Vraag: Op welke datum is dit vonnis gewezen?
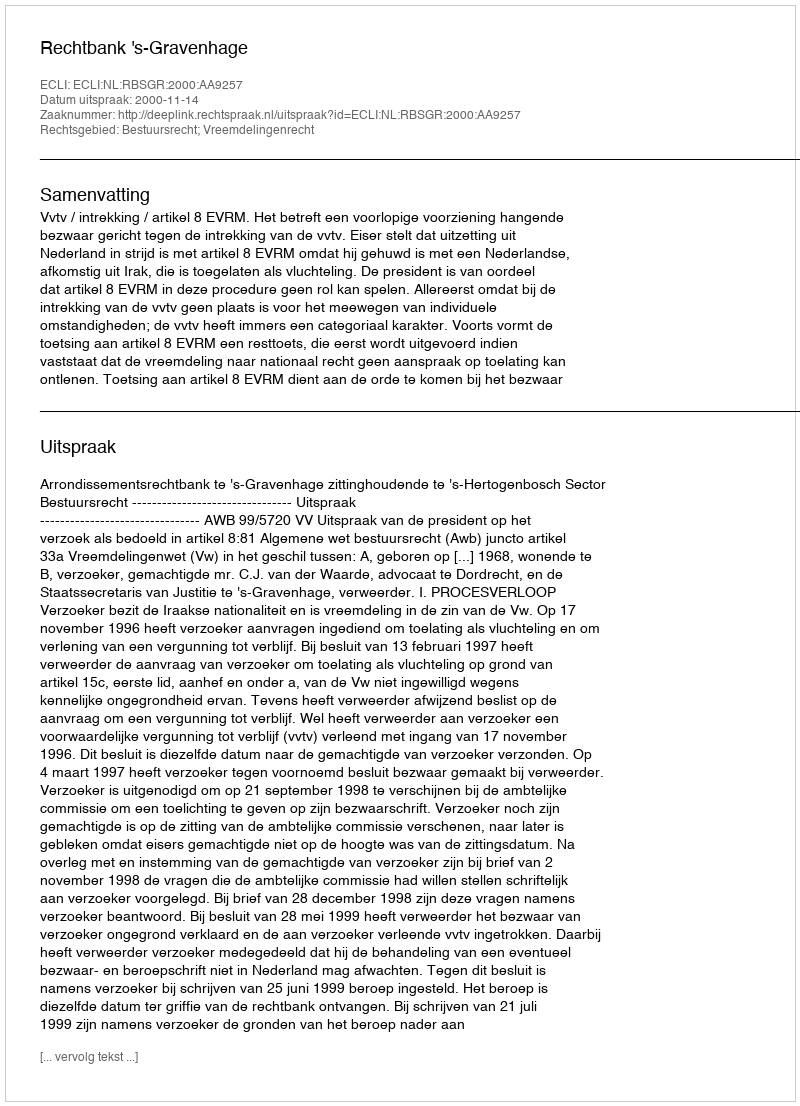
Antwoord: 2000-11-14